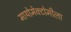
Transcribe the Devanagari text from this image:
मायोमेक्टोमीला